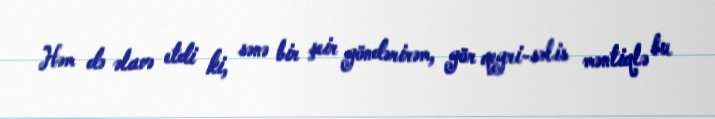
Həm də əlavə etdi ki, sənə bir şeir göndərirəm, gör qeyri-səlis məntiqlə bu